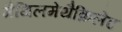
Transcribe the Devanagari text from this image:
मैथिलमेथैक्रिलेट